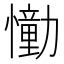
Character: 𢣛